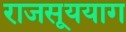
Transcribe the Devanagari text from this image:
राजसूययाग